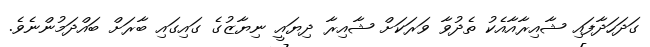
ގަދަހަދާފައި ޝާއިރާއާއެކު ތެދުވާ ވަރަކަށް ޝާއިރާ ދިޔައީ ނިޔާޒުގެ ގައިގައި ބާރަށް ބައްދަމުންނެވެ.